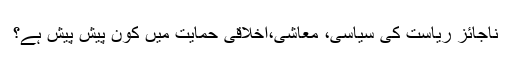
ناجائز ریاست کی سیاسی، معاشی،اخلاقی حمایت میں کون پیش پیش ہے؟